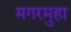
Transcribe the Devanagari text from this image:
मगरमुहा